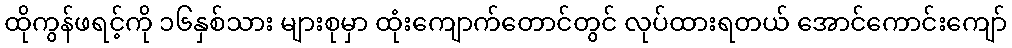
ထိုကွန်ဖရင့်ကို ၁၆နှစ်သား များစုမှာ ထုံးကျောက်တောင်တွင် လုပ်ထားရတယ် အောင်ကောင်းကျော်